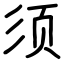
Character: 须